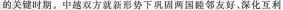
的关键时期。中越双方就新形势下巩固两国睦邻友好，深化互利